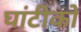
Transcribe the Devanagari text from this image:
घांटीको